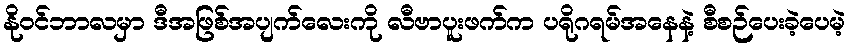
နိုဝင်ဘာလမှာ ဒီအဖြစ်အပျက်လေးကို လီဗာပူးဖက်က ပရိုဂရမ်အနေနဲ့ စီစဉ်ပေးခဲ့ပေမဲ့